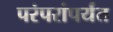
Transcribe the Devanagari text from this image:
परंपरांपर्यंत